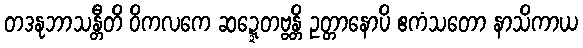
တဒနုဘာသန္တီတိ ဝိကလကေ ဆဍ္ဍေတဗ္ဗန္တိ ဥတ္တာနောပိ ဧကံသတော နာသိကာယ